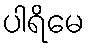
ပါရိမေ